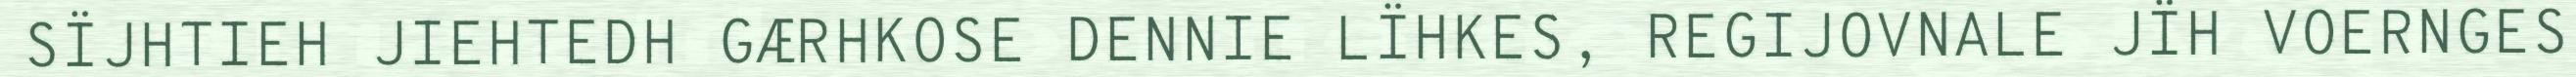
SÏJHTIEH JIEHTEDH GÆRHKOSE DENNIE LÏHKES, REGIJOVNALE JÏH VOERNGES